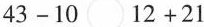
$$4 3 - 1 0 \circ 1 2 + 2 1$$